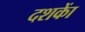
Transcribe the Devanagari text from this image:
दशकाें